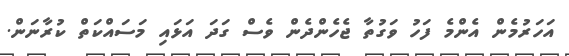
އަހަރުމެން އެންމެ ފަހު ވަގުތާ ޖެހެންދެން ވެސް ގަދަ އަޅައި މަސައްކަތް ކުރާނަން.